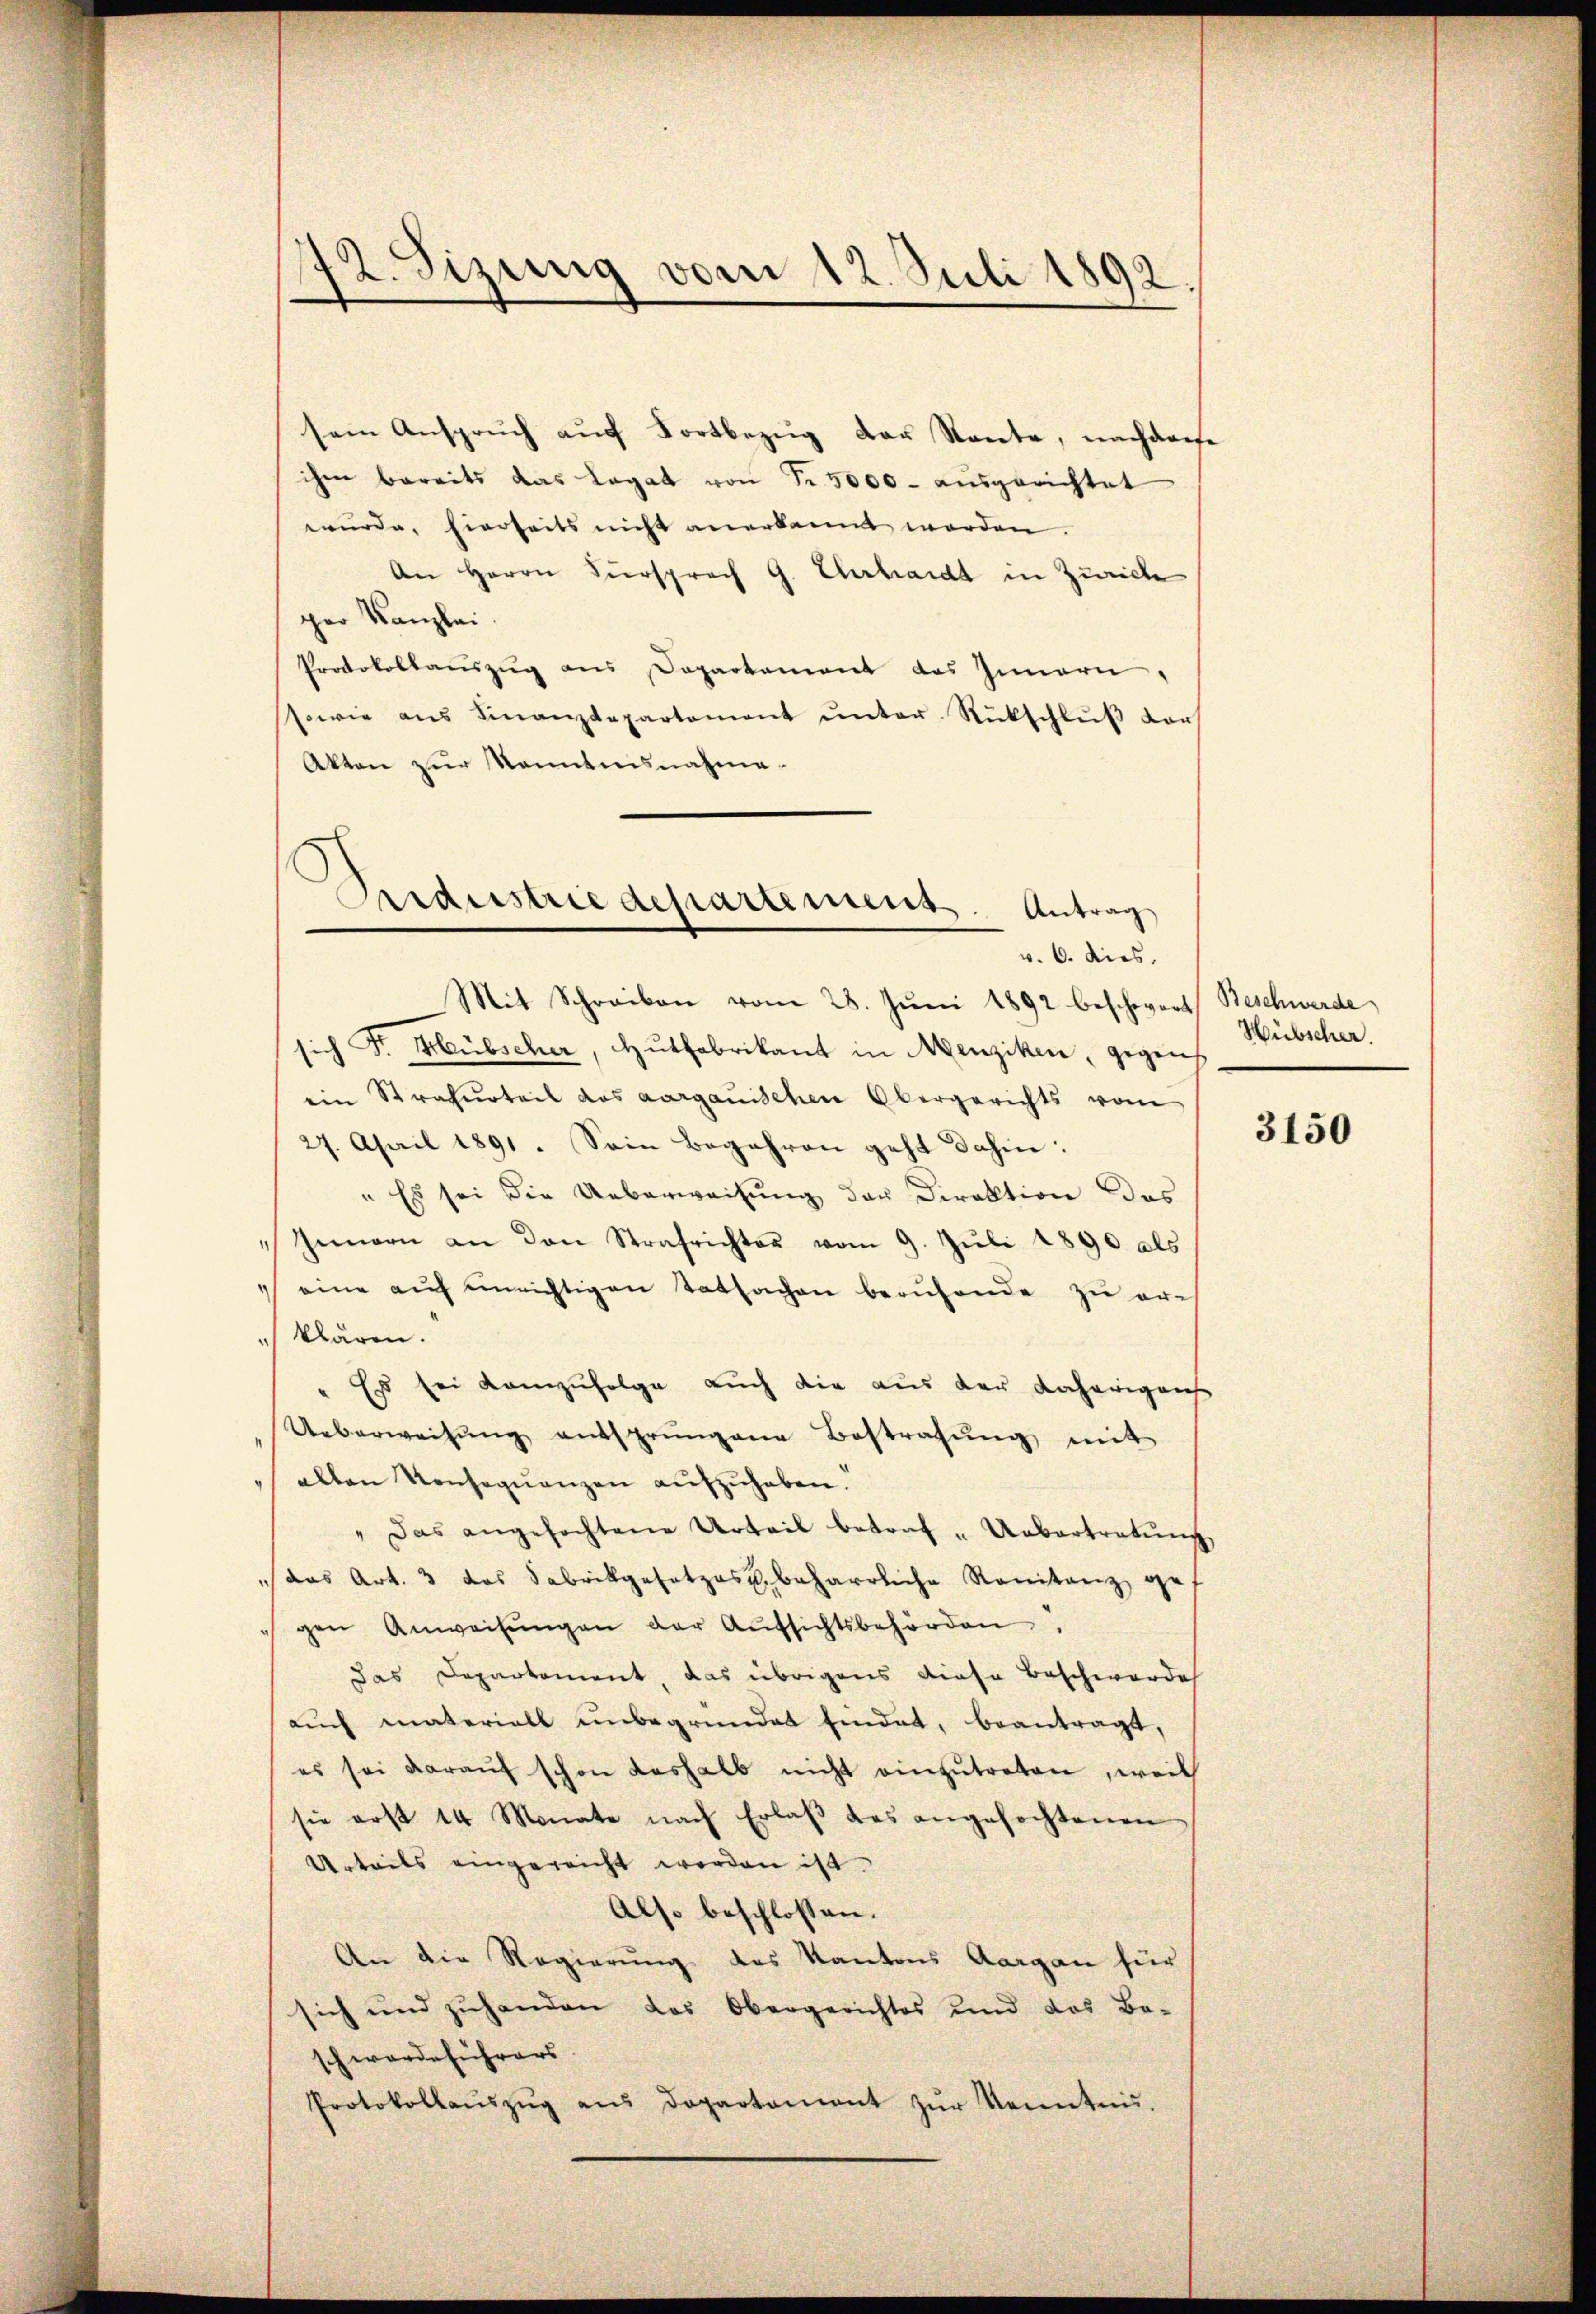
.
12. Sizung vom 12. Juli 1892.

sein Anspruch auf Fortbezug der Rente, nachderse
chen bereits das Legat von Fr. 5000. aŭsgerichtet
wurde, hierseits nicht anerkannt worden.
An Herrn Fürsprach G. Ehrhardt in Zürich
per Kanzlei.
Protokollauszug aus Departement des Innern,
sowie aŭs Finanzdepartement ŭnter Rückschlŭβ der
Akten zur Kenntnisnahme.
v. 6. dies
Mit Schreiben vom 28. Juni 1892 beschwort Beschwerde
sich Fr. Hübscher, Hŭtfabrikant in Menziken, gegens
ein Strafurteil des aargauischen Obergerichts vom
27. April 1891. Sein Begehren geht dahin:
" Es sei die Ueberweisung der Direktion des
" Innern an den Strafrichter vom 9. Jŭli 1890 als
eine auf unrichtigen Tatsachen berufende zu erklären.
" Es sei Kamzufolge auch die aus der daherigens
Ueberweisŭng entsprungene Bestrafŭng mit
allen Konseqŭenzen aufzuhaben.
Das angefochtene Urteil betraf-Uebertretŭng
das Art. 3 das Fabrikgesetzes beharrliche Ranitanz ge-
gen Anweisŭngen der Aŭfsichtsbehörden.
Das Departement, das übrigens diese Beschwerde
aŭch materiell unbegründet sindet, beantragt,
es sei daraŭf schon deshalb nicht einzŭtreten, weil
sie erst 14 Monate nach Erlaβ des angefochtenen
Urteils eingereicht werden ist.
Also beschlossen:
An die Regierung des Kantons Aargau für
sich und zŭ handen das Obergerichtes und das Be-
schwerdeführers
Protokollaŭszŭg ans Dopartament zŭr Kenntnis.

Aaraustrie departement. Antrag

Hübscher.

3150